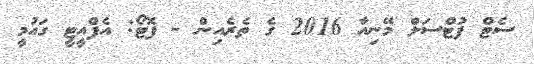
ސެޓް ފުޓްސަލް މޭނިއާ 2016 ގެ ތެރެއިން - ފޮޓޯ: އެފްއީޓީ ގައުމީ